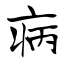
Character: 病